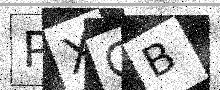
Text: PXGB